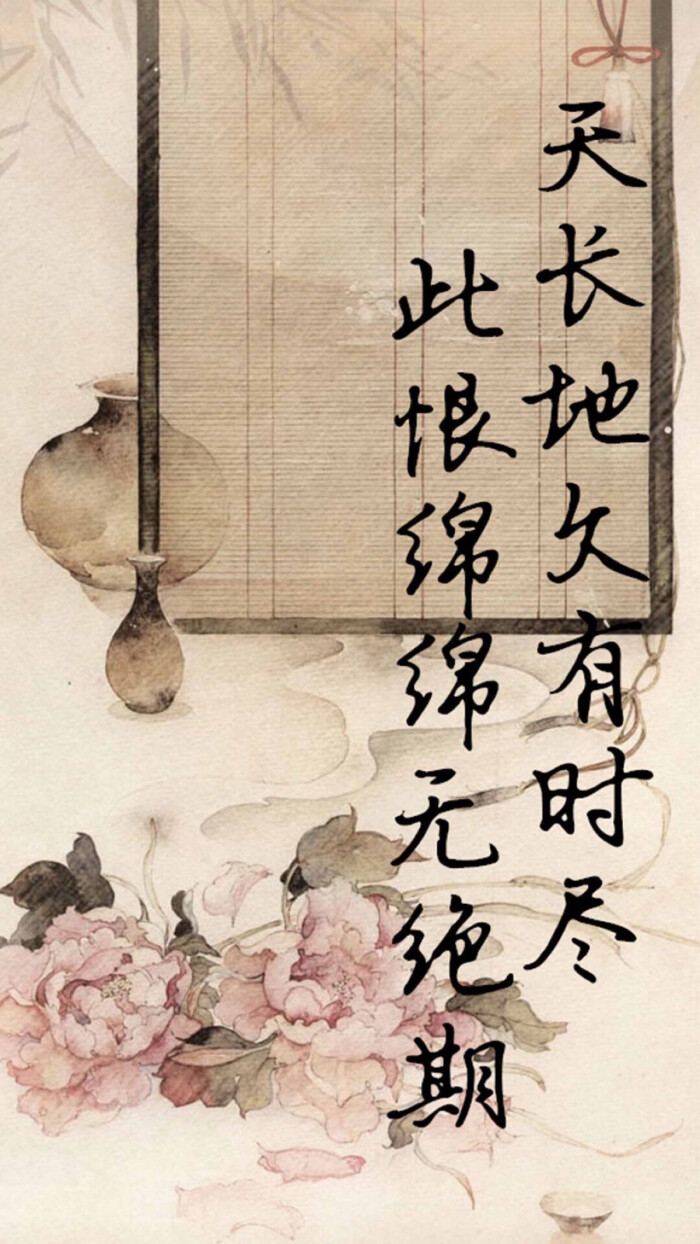
天长地久有时尽，此恨绵绵无绝期。